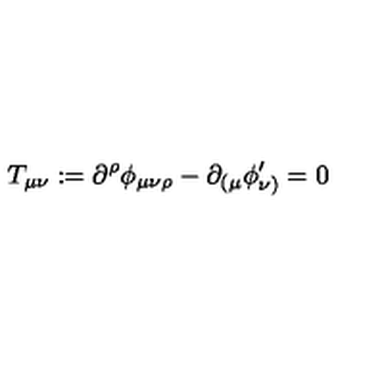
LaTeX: T _ { \mu \nu } : = \partial ^ { \rho } \phi _ { \mu \nu \rho } - \partial _ { ( \mu } \phi _ { \nu ) } ^ { \prime } = 0